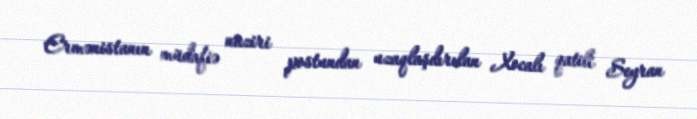
Ermənistanın müdafiə naziri postundan uzaqlaşdırılan Xocalı qatili Seyran